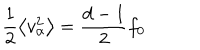
LaTeX: \frac { 1 } { 2 } \left\langle v _ { \alpha } ^ { 2 } \right\rangle = \frac { d - 1 } { 2 } f _ { 0 }